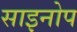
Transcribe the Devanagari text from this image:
साइनोप